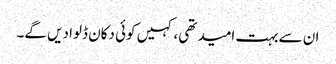
ان سے بہت امید تھی، کہیں کوئی دکان ڈلوا دیں گے۔